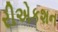
રીએકશન